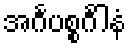
အင်္ဂပစ္စင်္ဂါနံ